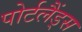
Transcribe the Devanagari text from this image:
पोर्टलैंड्स